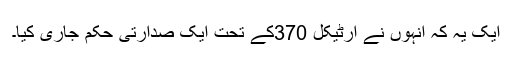
ایک یہ کہ انہوں نے آرٹیکل 370کے تحت ایک صدارتی حکم جاری کیا۔